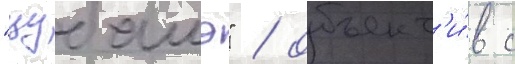
"цубамэ" / объект'и́в с